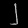
Digit: ၂